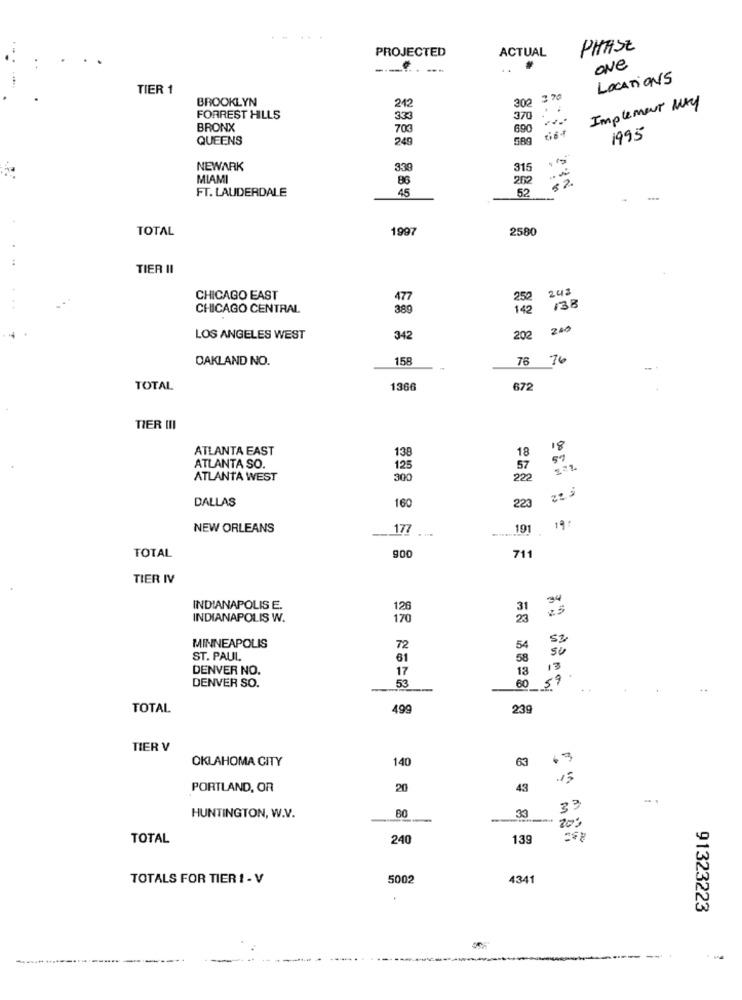
PROJECTED
ACTUAL
PHASE
ove
--..-.
LOCATIONS
TIER 1
BROOKLYN
3,06
3 70
Implement May
242
FORREST HILLS
333
370
BRONX
703
690
QUEENS
249
589
1995
NEWARK
339
315
MIAMI
86
250
FT. LAUDERDALE
45
52
TOTAL
1997
2580
TIER II
242
CHICAGO EAST
477
CHICAGO CENTRAL
380
138
LOS ANGELES WEST
342
202
OAKLAND NO.
158
76 76
TOTAL
1366
672
TIER III
ATLANTA EAST
138
18
18
ATLANTA SO.
125
57
89
ATLANTA WEST
300
222
DALLAS
160
223
NEW ORLEANS
177
19
19:
TOTAL
711
TIER IV
INDIANAPOLIS E.
126
INDIANAPOLIS W.
170
53
MINNEAPOLIS
72
54
SU
ST. PAUL
61
58
DENVER NO.
17
13
13
DENVER SO.
057
53
60
TOTAL
499
23g
TIER V
OKLAHOMA CITY
140
63
13
15
PORTLAND, OR
20
43
33
HUNTINGTON, W.V.
80
33
-
20:
TOTAL
240
139
TOTALS FOR TIER 1 - V
5002
4341
91323223